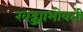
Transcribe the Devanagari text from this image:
खड्ड्याभोवती